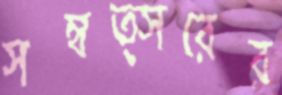
সম্বত্সরের